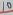
Text: 10